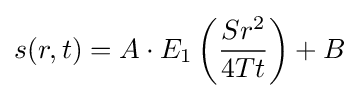
s(r,t)=A\cdot E_{1}\left({Sr^{2} \over 4Tt}\right)+B